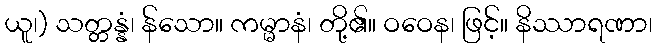
ယူ၊) သတ္တန္နံ၊ န်သော။ ကမ္မာနံ၊ တို့၏။ ဝဝေန၊ ဖြင့်။ နိဿာရဏာ၊